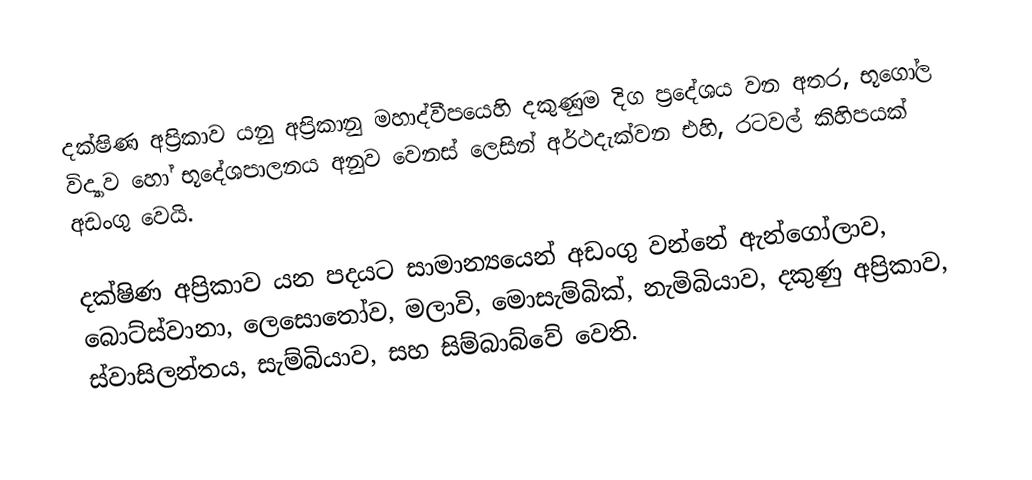
දක්ෂිණ අප්‍රිකාව යනු  අප්‍රිකානු මහාද්වීපයෙහි දකුණුම දිග ප්‍රදේශය වන අතර, භූගෝල විද්‍යාව හෝ භූදේශපාලනය අනුව වෙනස් ලෙසින් අර්ථදැක්වන එහි, රටවල් කිහිපයක් අඩංගු වෙයි.

දක්ෂිණ අප්‍රිකාව යන පදයට සාමාන්‍යයෙන් අඩංගු වන්නේ ඇන්ගෝලාව, බොට්ස්වානා, ලෙසොතෝව, මලාවි, මොසැම්බික්, නැමිබියාව, දකුණු අප්‍රිකාව, ස්වාසිලන්තය, සැම්බියාව, සහ සිම්බාබ්වේ වෙති.